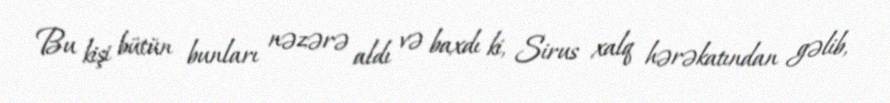
Bu kişi bütün bunları nəzərə aldı və baxdı ki, Sirus xalq hərəkatından gəlib,